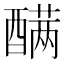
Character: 𰼑